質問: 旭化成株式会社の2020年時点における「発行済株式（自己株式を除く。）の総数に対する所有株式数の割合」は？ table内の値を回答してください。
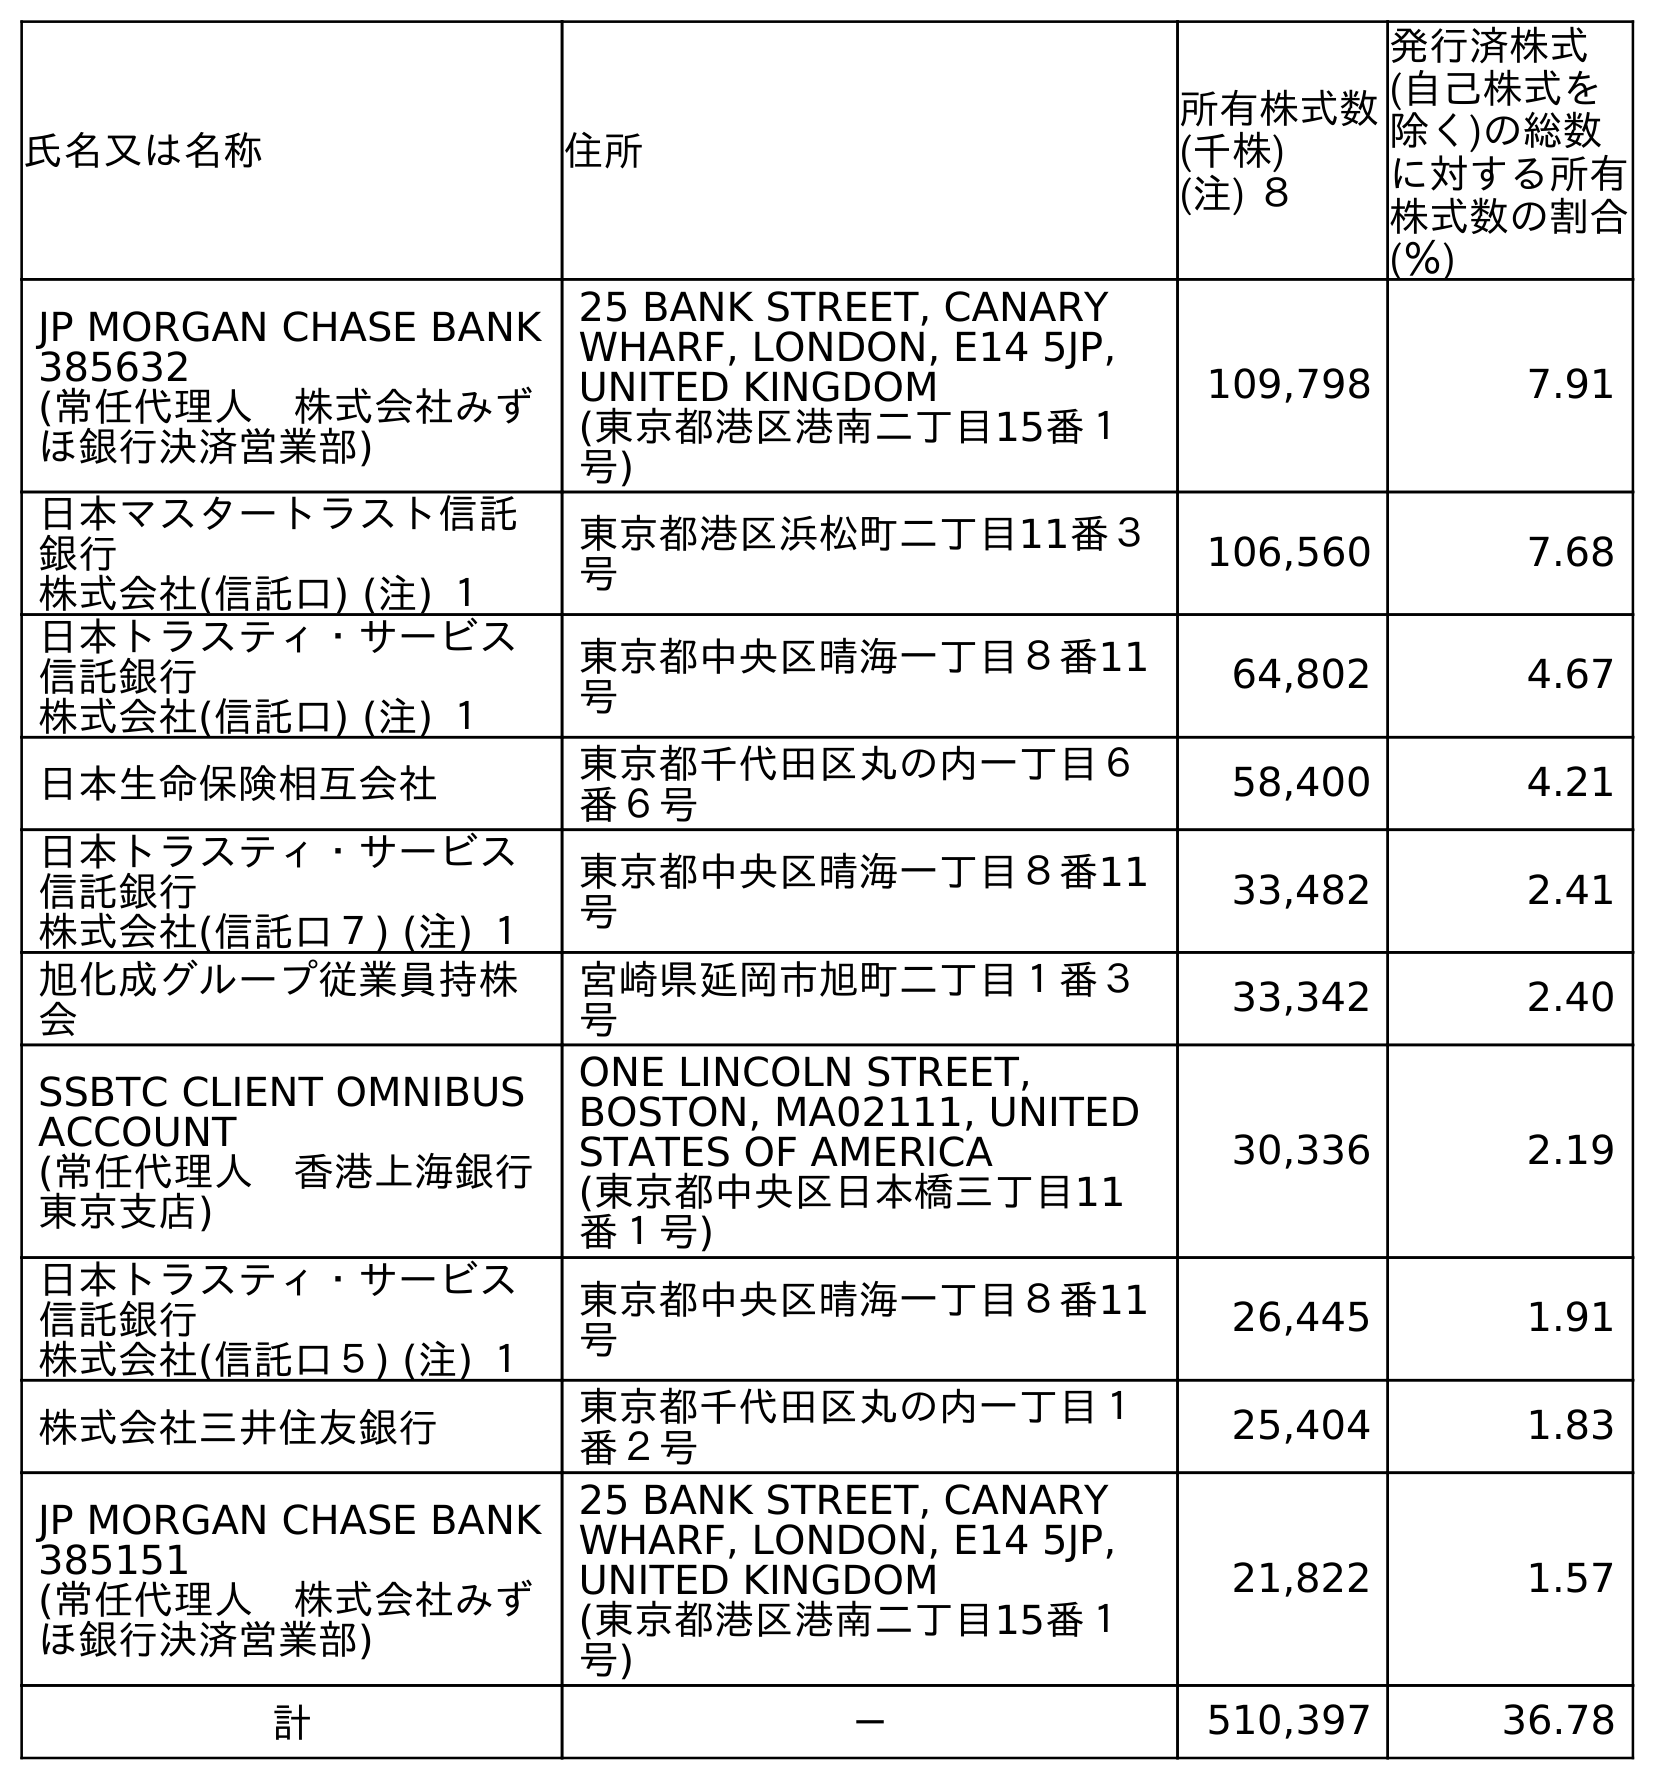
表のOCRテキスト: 氏名又は名称 住所 所有株式数 (千株) (注) ８ 発行済株式 (自己株式を 除く)の総数 に対する所有 株式数の割合 (％) JP MORGAN CHASE BANK 385632 (常任代理人 株式会社みず ほ銀行決済営業部) 25 BANK STREET, CANARY WHARF, LONDON, E14 5JP, UNITED KINGDOM (東京都港区港南二丁目15番１ 号) 109,798 7.91 日本マスタートラスト信託 銀行 株式会社(信託口) (注) １ 東京都港区浜松町二丁目11番３ 号 106,560 7.68 日本トラスティ・サービス 信託銀行 株式会社(信託口) (注) １ 東京都中央区晴海一丁目８番11 号 64,802 4.67 日本生命保険相互会社 東京都千代田区丸の内一丁目６ 番６号 58,400 4.21 日本トラスティ・サービス 信託銀行 株式会社(信託口７) (注) １ 東京都中央区晴海一丁目８番11 号 33,482 2.41 旭化成グループ従業員持株 会 宮崎県延岡市旭町二丁目１番３ 号 33,342 2.40 SSBTC CLIENT OMNIBUS ACCOUNT (常任代理人 香港上海銀行 東京支店) ONE LINCOLN STREET, BOSTON, MA02111, UNITED STATES OF AMERICA (東京都中央区日本橋三丁目11 番１号) 30,336 2.19 日本トラスティ・サービス 信託銀行 株式会社(信託口５) (注) １ 東京都中央区晴海一丁目８番11 号 26,445 1.91 株式会社三井住友銀行 東京都千代田区丸の内一丁目１ 番２号 25,404 1.83 JP MORGAN CHASE BANK 385151 (常任代理人 株式会社みず ほ銀行決済営業部) 25 BANK STREET, CANARY WHARF, LONDON, E14 5JP, UNITED KINGDOM (東京都港区港南二丁目15番１ 号) 21,822 1.57 計 － 510,397 36.78
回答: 36.78